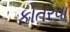
કોતરવા